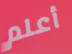
أعلم